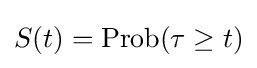
S(t)=\operatorname {Prob} (\tau \geq t)